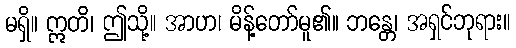
မရှိ။ ဣတိ၊ ဤသို့။ အာဟ၊ မိန့်တော်မူ၏။ ဘန္တေ၊ အရှင်ဘုရား။